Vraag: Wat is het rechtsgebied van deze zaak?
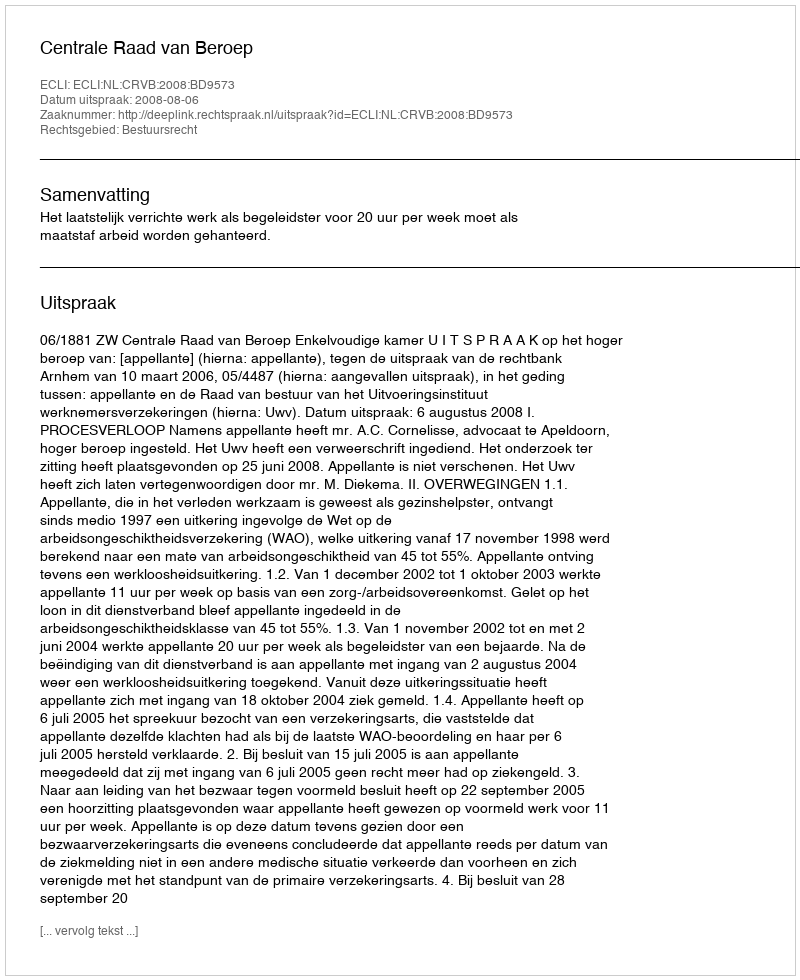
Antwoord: Bestuursrecht